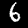
Digit: 6